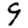
Digit: 9